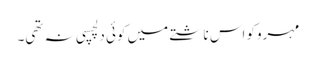
مہروکو اس ناشتے میں کوئی دلچسپی نہ تھی۔